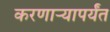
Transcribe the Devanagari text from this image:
करणाऱ्यापर्यंत